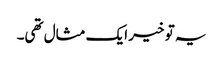
یہ تو خیر ایک مثال تھی۔